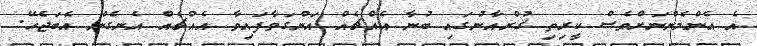
އެ އެންމެންނަށްވެސް ކީރިތި ޤުރްއާނުގައި ބުނާ އެއްޗެއް އަންގަވާފައިވާ އެއްޗެއް އެނގެން އެބަޖެހޭ.